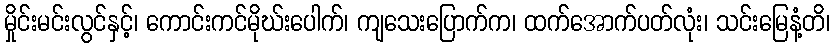
မှိုင်းမင်းလွင်နှင့်၊ ကောင်းကင်မိုဃ်းပေါက်၊ ကျသေးပြောက်က၊ ထက်အောက်ပတ်လုံး၊ သင်းမြေနံ့တိ၊